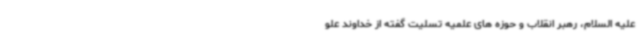
علیه السلام، رهبر انقلاب و حوزه های علمیه تسلیت گفته از خداوند علو